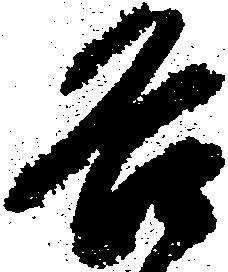
各